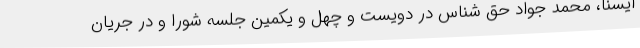
ایسنا، محمد جواد حق شناس در دویست و چهل و یکمین جلسه شورا و در جریان